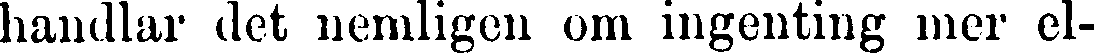
handlar det nemligen om ingenting mer el-